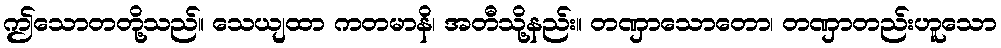
ဤသောတတို့သည်။ သေယျထာ ကတမာနိ၊ အတီသို့နည်း။ တဏှာသောတော၊ တဏှာတည်းဟူသော